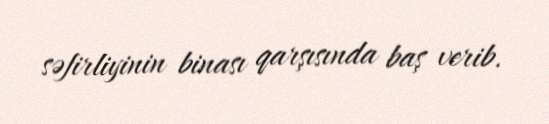
səfirliyinin binası qarşısında baş verib.